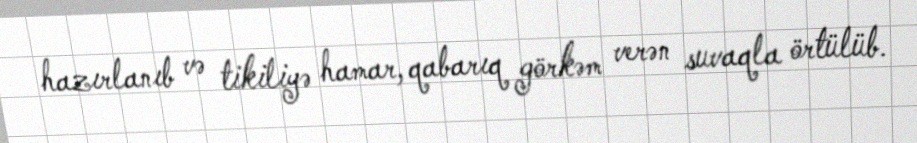
hazırlanıb və tikiliyə hamar, qabarıq görkəm verən suvaqla örtülüb.